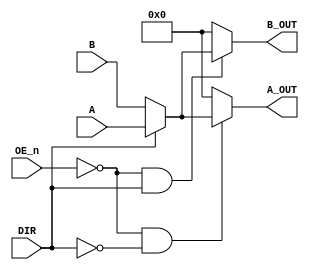
/******************************************************************************
 **                                                                          **
 ** Component : TTL_74245                                                    **
 **                                                                          **
 ** Ronny Hansen 14.01.2024
 *****************************************************************************/

module TTL_74245( 
    input  [7:0] A,        // A-side 8-bit port
    output [7:0] A_OUT,    // A-side 8-bit port

    input  [7:0] B,        // B-side 8-bit bidirectional port/bus
    output [7:0] B_OUT,    // B-side 8-bit bidirectional port/bus

    input DIR,           // Direction control
    input OE_n           // Output enable
);

reg [7:0] internalBus;

// Control the direction of data flow
always @(*) begin
    if (DIR) begin
        internalBus = A; // Data flows from A to B
    end else begin
        internalBus = B; // Data flows from B to A
    end
end

// Assign the bidirectional bus with respect to OE
assign B_OUT = (OE_n == 0 && DIR == 1) ? internalBus : 8'b0;

// Output to A when receiving from B with respect to OE (OE_n==1 means "isolated". Don't write to A or B)
assign A_OUT = (OE_n == 0 && DIR == 0) ? internalBus : 8'b0;

endmodule